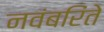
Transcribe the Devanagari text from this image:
नवंबरिंते